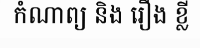
កំណាព្យ និង រឿង ខ្លី